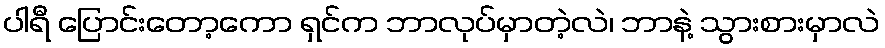
ပါရီ ပြောင်းတော့ကော ရှင်က ဘာလုပ်မှာတဲ့လဲ၊ ဘာနဲ့ သွားစားမှာလဲ